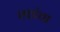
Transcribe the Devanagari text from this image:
शहांचा